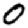
Digit: 0